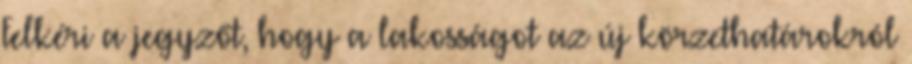
Felkéri a jegyzőt, hogy a lakosságot az új körzethatárokról